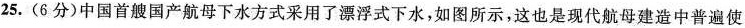
25.(6分)中国首艘国产航母下水方式采用了漂浮式下水，如图所示，这也是现代航母建造中普遍使